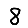
Digit: 8